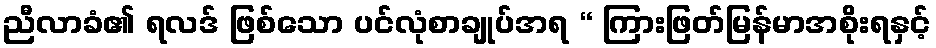
ညီလာခံ၏ ရလဒ် ဖြစ်သော ပင်လုံစာချုပ်အရ “ ကြားဖြတ်မြန်မာအစိုးရနှင့်